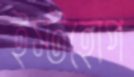
ইস্টহোপ